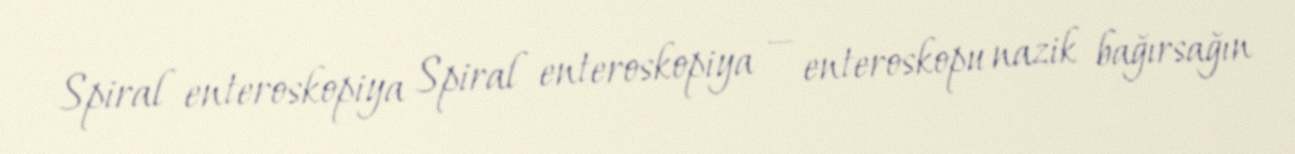
Spiral enteroskopiya Spiral enteroskopiya — enteroskopu nazik bağırsağın